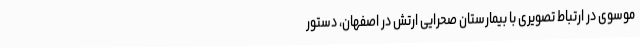
موسوی در ارتباط تصویری با بیمارستان صحرایی ارتش در اصفهان، دستور